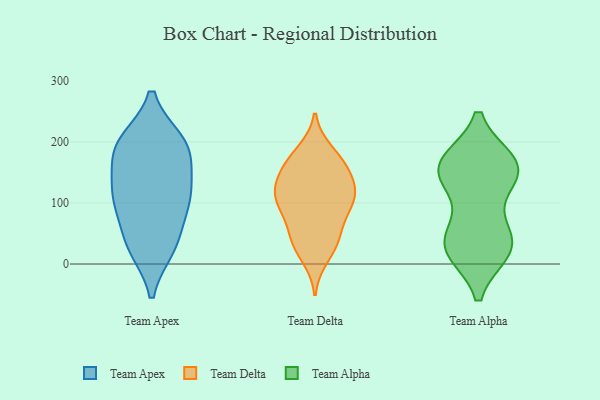
{"axis": {"x": "Churn Rate (%)", "y": "Value"}, "legend": ["Team Alpha", "Team Apex", "Team Delta"], "data": [{"x": "", "y": 107, "type": "Team Apex"}, {"x": "", "y": 183, "type": "Team Apex"}, {"x": "", "y": 89, "type": "Team Apex"}, {"x": "", "y": 172, "type": "Team Apex"}, {"x": "", "y": 32, "type": "Team Apex"}, {"x": "", "y": 111, "type": "Team Apex"}, {"x": "", "y": 34, "type": "Team Apex"}, {"x": "", "y": 112, "type": "Team Apex"}, {"x": "", "y": 200, "type": "Team Apex"}, {"x": "", "y": 27, "type": "Team Apex"}, {"x": "", "y": 200, "type": "Team Apex"}, {"x": "", "y": 198, "type": "Team Apex"}, {"x": "", "y": 132, "type": "Team Apex"}, {"x": "", "y": 33, "type": "Team Delta"}, {"x": "", "y": 100, "type": "Team Delta"}, {"x": "", "y": 121, "type": "Team Delta"}, {"x": "", "y": 108, "type": "Team Delta"}, {"x": "", "y": 158, "type": "Team Delta"}, {"x": "", "y": 111, "type": "Team Delta"}, {"x": "", "y": 120, "type": "Team Delta"}, {"x": "", "y": 11, "type": "Team Delta"}, {"x": "", "y": 184, "type": "Team Delta"}, {"x": "", "y": 176, "type": "Team Delta"}, {"x": "", "y": 41, "type": "Team Delta"}, {"x": "", "y": 63, "type": "Team Delta"}, {"x": "", "y": 151, "type": "Team Delta"}, {"x": "", "y": 98, "type": "Team Delta"}, {"x": "", "y": 135, "type": "Team Delta"}, {"x": "", "y": 37, "type": "Team Delta"}, {"x": "", "y": 83, "type": "Team Delta"}, {"x": "", "y": 164, "type": "Team Delta"}, {"x": "", "y": 139, "type": "Team Alpha"}, {"x": "", "y": 167, "type": "Team Alpha"}, {"x": "", "y": 156, "type": "Team Alpha"}, {"x": "", "y": 23, "type": "Team Alpha"}, {"x": "", "y": 62, "type": "Team Alpha"}, {"x": "", "y": 27, "type": "Team Alpha"}, {"x": "", "y": 140, "type": "Team Alpha"}, {"x": "", "y": 22, "type": "Team Alpha"}, {"x": "", "y": 151, "type": "Team Alpha"}, {"x": "", "y": 38, "type": "Team Alpha"}, {"x": "", "y": 167, "type": "Team Alpha"}, {"x": "", "y": 167, "type": "Team Alpha"}, {"x": "", "y": 31, "type": "Team Alpha"}]}